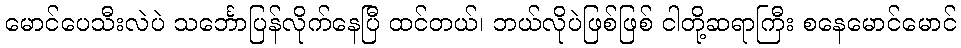
မောင်ပေသီးလဲပဲ သင်္ဘောပြန်လိုက်နေပြီ ထင်တယ်၊ ဘယ်လိုပဲဖြစ်ဖြစ် ငါတို့ဆရာကြီး စနေမောင်မောင်